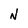
Character: N